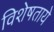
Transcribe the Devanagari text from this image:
विशेषताये